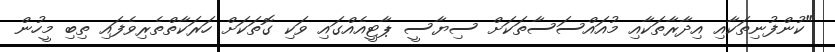
"ކުންފުނިތަކާއި އިދާރާތަކާއި މުއައްސަސާތަކަށް ސިޔާސީ ޕާޓީއެއްގައި ވަކި ގޮތަކަށް ހަރަކާތްތެރިވެފައި ތިބި މީހުން